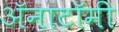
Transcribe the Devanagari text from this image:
अॅनाटॉमी